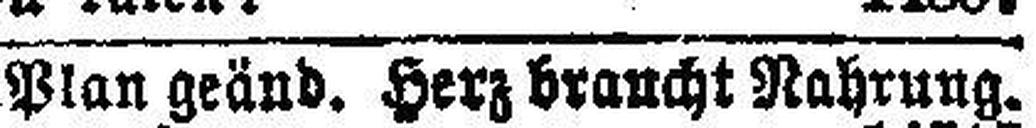
Plan geänd. Herz braucht Nahrung.